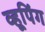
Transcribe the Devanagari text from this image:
व्हूपिंग